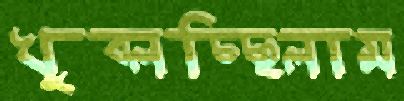
খুব্‌লচ্ছিলাম